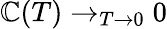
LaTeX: \mathbb{C}(T)\to_{T\to0}0